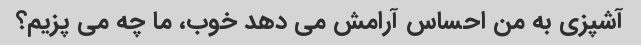
آشپزی به من احساس آرامش می دهد خوب، ما چه می پزیم؟